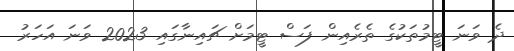
ދެ ވަނަ ޓީމުތަކުގެ ތެރެއިން ފަސް ޓީމަށް ޗައިނާގައި 2023 ވަނަ އަހަރު